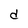
Character: d